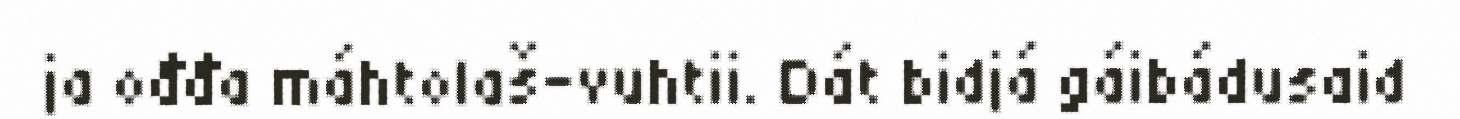
ja ođđa máhtolaš-vuhtii. Dát bidjá gáibádusaid